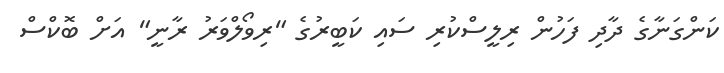
ކަންގަނާގެ ދާދި ފަހުން ރިލީސްކުރި ސައި ކަބީރުގެ "ރިވޯލްވަރު ރާނީ" އަށް ބޮކްސް